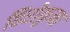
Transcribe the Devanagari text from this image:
हिरोकुमा